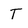
Character: T